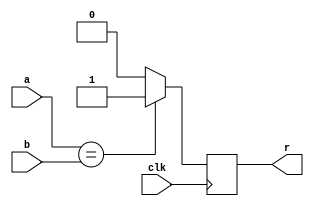
`timescale 1ns / 1ps
//-----------------------------------------------
// Company: agh
// Description: comparator equal
//-----------------------------------------------
module cmp_eq #
(
  parameter DATA_W=16
)
(
  input clk,
  input [DATA_W-1:0] a,
  input [DATA_W-1:0] b,
  output r
);
//-----------------------------------------------
reg r_r=1'b0;
//-----------------------------------------------
always @(posedge clk)
begin
  if(a==b) r_r<=1'b1;
  else r_r<=1'b0;
end
//-----------------------------------------------
assign r=r_r;
//-----------------------------------------------
endmodule
//-----------------------------------------------